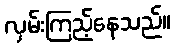
လှမ်းကြည့်နေသည်။